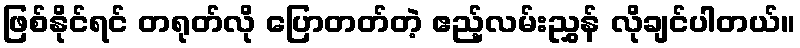
ဖြစ်နိုင်ရင် တရုတ်လို ပြောတတ်တဲ့ ဧည့်လမ်းညွှန် လိုချင်ပါတယ်။